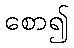
စော၍